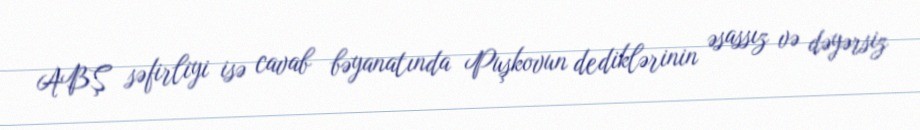
ABŞ səfirliyi isə cavab bəyanatında Puşkovun dediklərinin əsassız və dəyərsiz